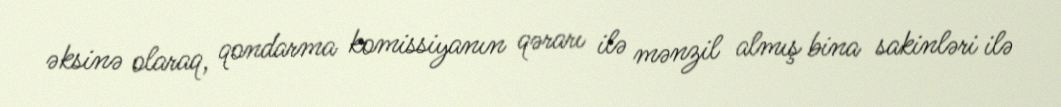
əksinə olaraq, qondarma komissiyanın qərarı ilə mənzil almış bina sakinləri ilə